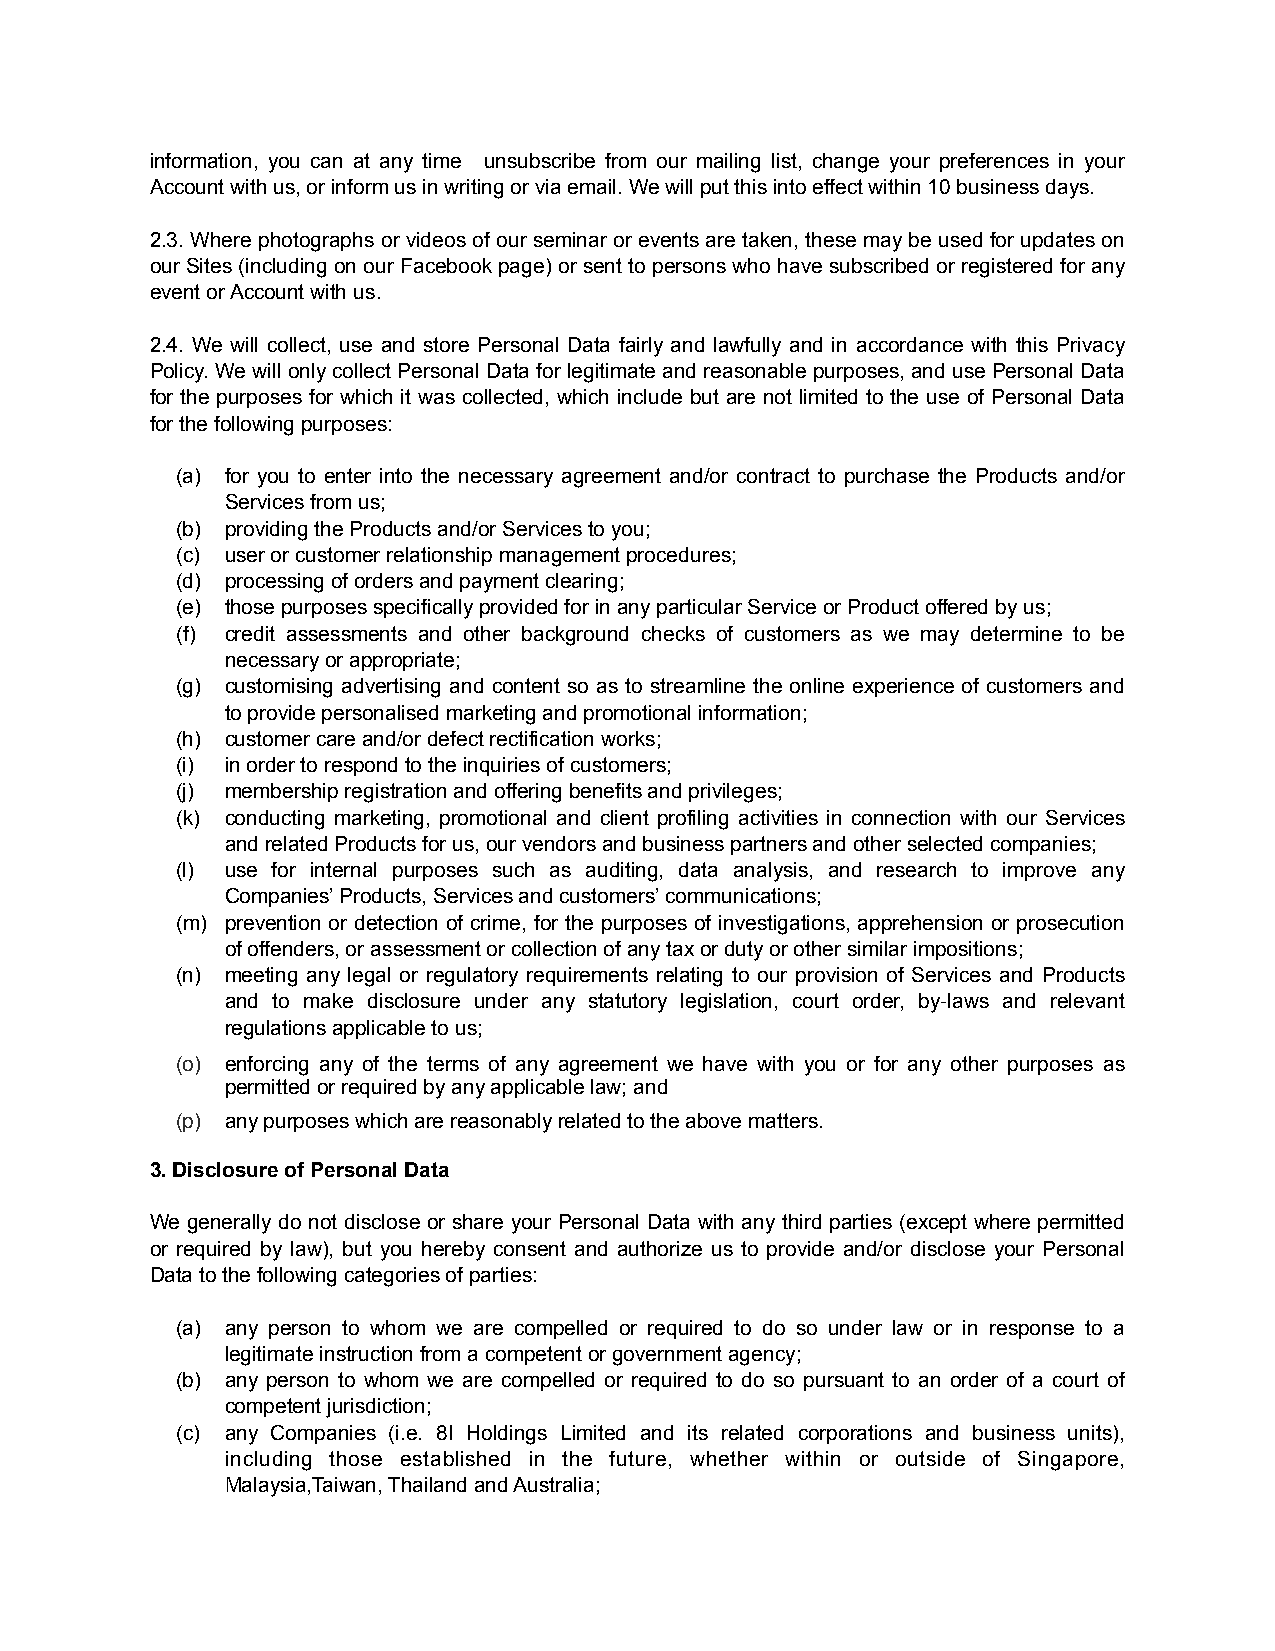
information, you can at any time unsubscribe from our mailing list, change your preferences in your
 Account with us, or inform us in writing or via email. We will put this into effect within 10 business days.
 2.3. Where photographs or videos of our seminar or events are taken, these may be used for updates on
 our Sites (including on our Facebook page) or sent to persons who have subscribed or registered for any
 event or Account with us.
 2.4. We will collect, use and store Personal Data fairly and lawfully and in accordance with this Privacy
 Policy. We will only collect Personal Data for legitimate and reasonable purposes, and use Personal Data
 for the purposes for which it was collected, which include but are not limited to the use of Personal Data
 for the following purposes:
 (a) for you to enter into the necessary agreement and/or contract to purchase the Products and/or
 Services from us;
 (b) providing the Products and/or Services to you;
 (c) user or customer relationship management procedures;
 (d) processing of orders and payment clearing;
 (e) those purposes specifically provided for in any particular Service or Product offered by us;
 (f) credit assessments and other background checks of customers as we may determine to be
 necessary or appropriate;
 (g) customising advertising and content so as to streamline the online experience of customers and
 to provide personalised marketing and promotional information;
 (h) customer care and/or defect rectification works;
 (i) in order to respond to the inquiries of customers;
 (j) membership registration and offering benefits and privileges;
 (k) conducting marketing, promotional and client profiling activities in connection with our Services
 and related Products for us, our vendors and business partners and other selected companies;
 (l) use for internal purposes such as auditing, data analysis, and research to improve any
 Companies’ Products, Services and customers’ communications;
 (m) prevention or detection of crime, for the purposes of investigations, apprehension or prosecution
 of offenders, or assessment or collection of any tax or duty or other similar impositions;
 (n) meeting any legal or regulatory requirements relating to our provision of Services and Products
 and to make disclosure under any statutory legislation, court order, by-laws and relevant
 regulations applicable to us;
 (o) enforcing any of the terms of any agreement we have with you or for any other purposes as
 permitted or required by any applicable law; and
 (p) any purposes which are reasonably related to the above matters.
 3. Disclosure of Personal Data
 We generally do not disclose or share your Personal Data with any third parties (except where permitted
 or required by law), but you hereby consent and authorize us to provide and/or disclose your Personal
 Data to the following categories of parties:
 (a) any person to whom we are compelled or required to do so under law or in response to a
 legitimate instruction from a competent or government agency;
 (b) any person to whom we are compelled or required to do so pursuant to an order of a court of
 competent jurisdiction;
 (c) any Companies (i.e. 8I Holdings Limited and its related corporations and business units),
 including those established in the future, whether within or outside of Singapore,
 Malaysia,Taiwan, Thailand and Australia;